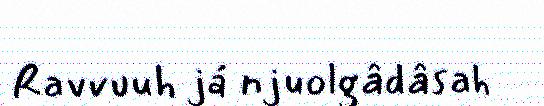
Ravvuuh já njuolgâdâsah